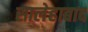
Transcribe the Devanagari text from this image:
सालेहाबाद